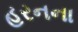
હરનના